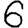
Digit: 6